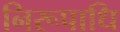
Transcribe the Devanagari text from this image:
निरूपाधि